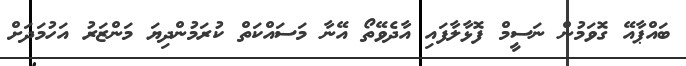
ބައްޕާއޭ ގޮވަމުން ނަސީމް ފޮޅާލާފައި އާދެވޭތޯ އޭނާ މަސައްކަތް ކުރަމުންދިޔަ މަންޒަރު އަހުމަދަށް